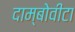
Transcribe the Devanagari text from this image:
दाम्बोवीटा